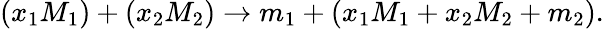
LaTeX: (x_{1}M_{1})+(x_{2}M_{2})\rightarrow m_{1}+(x_{1}M_{1}+x_{2}M_{2}+m_{2}).